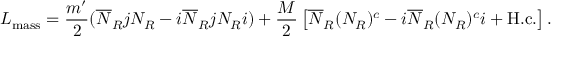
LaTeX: { \cal L } _ { \mathrm { m a s s } } = \frac { m ^ { \prime } } { 2 } ( \overline { { { N } } } _ { R } j N _ { R } - i \overline { { { N } } } _ { R } j N _ { R } i ) + \frac { M } { 2 } \left[ \overline { { { N } } } _ { R } ( N _ { R } ) ^ { c } - i \overline { { { N } } } _ { R } ( N _ { R } ) ^ { c } i + \mathrm { H . c . } \right] .